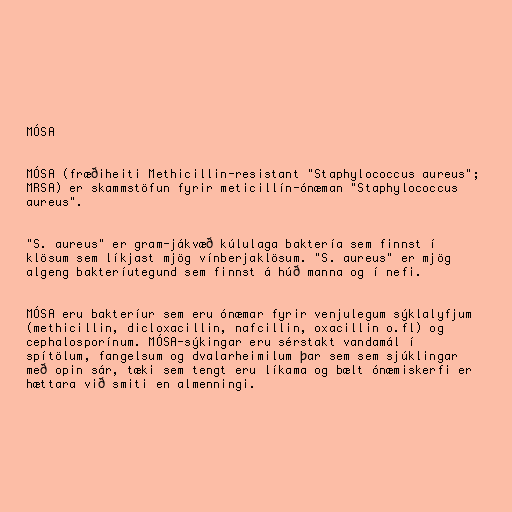
MÓSA

MÓSA (fræðiheiti Methicillin-resistant "Staphylococcus aureus";
MRSA) er skammstöfun fyrir meticillín-ónæman "Staphylococcus
aureus".

"S. aureus" er gram-jákvæð kúlulaga baktería sem finnst í
klösum sem líkjast mjög vínberjaklösum. "S. aureus" er mjög
algeng bakteríutegund sem finnst á húð manna og í nefi.

MÓSA eru bakteríur sem eru ónæmar fyrir venjulegum sýklalyfjum
(methicillin, dicloxacillin, nafcillin, oxacillin o.fl) og
cephalosporínum. MÓSA-sýkingar eru sérstakt vandamál í
spítölum, fangelsum og dvalarheimilum þar sem sem sjúklingar
með opin sár, tæki sem tengt eru líkama og bælt ónæmiskerfi er
hættara við smiti en almenningi.